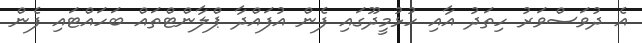
އެ ދުވަސްވަރު ހިތަދު އާއި ހުޅުމީދޫގައި ފެން އުފައްދާ ޕްލާންޓްތައް ބަހައްޓައި ފެން